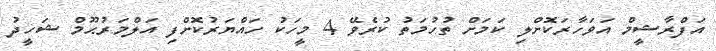
އަފްރާޝީމް އަވަހާރަކޮށްލި ކަމަށް ތުހުމަތު ކުރެވޭ 4 މީހަކު ހައްޔަރުކޮށްފި އަލްމަރުޙޫމް ޝަހީދު